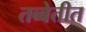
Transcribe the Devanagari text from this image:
तब्बेतीत